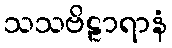
သသဗိဠာရာနံ